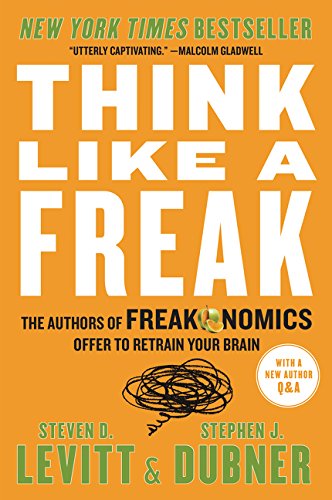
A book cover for Think Like a Freak: The Authors of Freakonomics Offer to Retrain Your Brain; Steven D. Levitt; Humor & Entertainment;